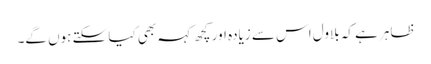
ظاہر ہے کہ بلاول اس سے زیادہ اور کچھ کہہ بھی کیا سکتے ہوں گے۔